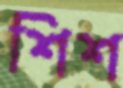
শিশ